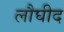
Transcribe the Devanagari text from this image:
लौघीद